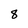
Character: 8